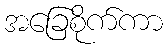
အခြေစိုက်ကာ